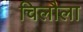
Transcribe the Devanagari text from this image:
चिलौला